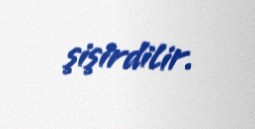
şişirdilir.